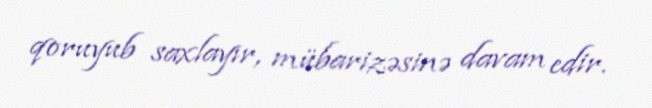
qoruyub saxlayır, mübarizəsinə davam edir.